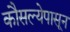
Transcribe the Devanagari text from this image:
कौसल्येपासून